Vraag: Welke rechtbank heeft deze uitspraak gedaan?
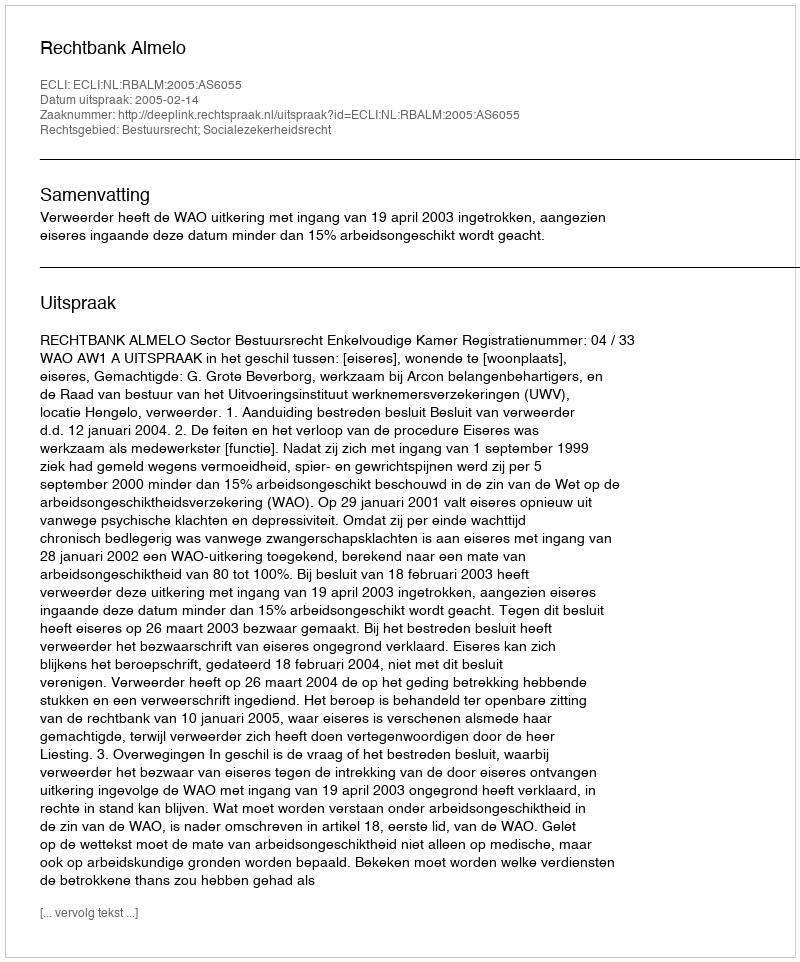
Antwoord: Rechtbank Almelo